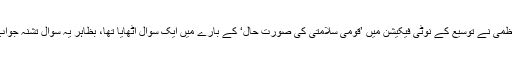
عدالت عظمیٰ نے توسیع کے نوٹی فیکیشن میں ’قومی سلامتی کی صورت حال‘ کے بارے میں ایک سوال اٹھایا تھا، بظاہر یہ سوال تشنہ جواب رہ گیا۔